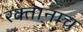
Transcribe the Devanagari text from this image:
रक्‍तांनाच